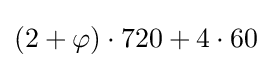
(2+\varphi )\cdot 720+4\cdot 60